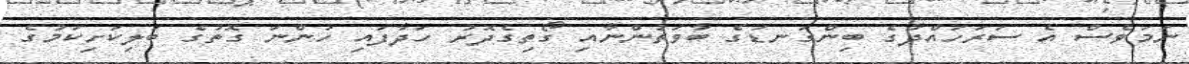
ނަމަވެސް އެ ސަރަހައްދުގެ ބިންގަނޑުގެ ބާވަތުންނާއި ގޯތިގެދޮރު ހަދާފައި ހުންނަ ގޮތުގެ ބަލިކަށިކަމުގެ